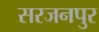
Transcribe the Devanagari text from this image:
सरजनपुर